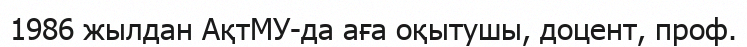
1986 жылдан АқтМУ-да аға оқытушы, доцент, проф.